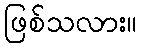
ဖြစ်သလား။